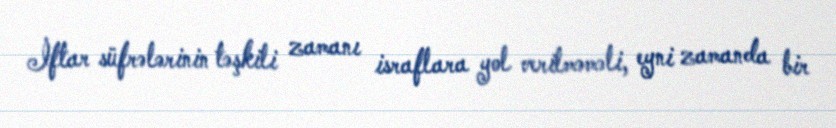
İftar süfrələrinin təşkili zamanı israflara yol verilməməli, eyni zamanda bir